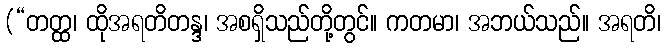
(“တတ္ထ၊ ထိုအရတိတန္ဒ၊ အစရှိသည်တို့တွင်။ ကတမာ၊ အဘယ်သည်။ အရတိ၊